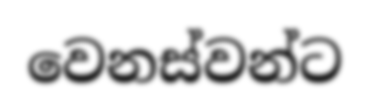
වෙනස්වන්ට